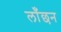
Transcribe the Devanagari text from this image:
लाँछन